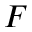
F